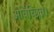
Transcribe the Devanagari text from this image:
अविच्छिन्न।